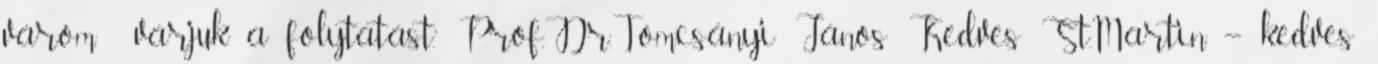
várom várjuk a folytatást.” Prof.Dr.Tomcsányi János Kedves St.Martin – kedves